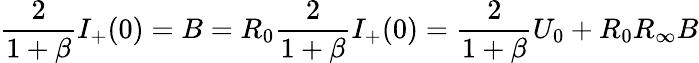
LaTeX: \frac{2}{1+\beta}I_{+}(0)=B=R_{0}\frac{2}{1+\beta}I_{+}(0)=\frac{2}{1+\beta}U_{0}+R_{0}R_{\infty}B